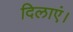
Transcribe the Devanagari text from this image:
दिलाएं।